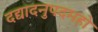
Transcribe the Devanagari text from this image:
दद्यादनुपदमहो